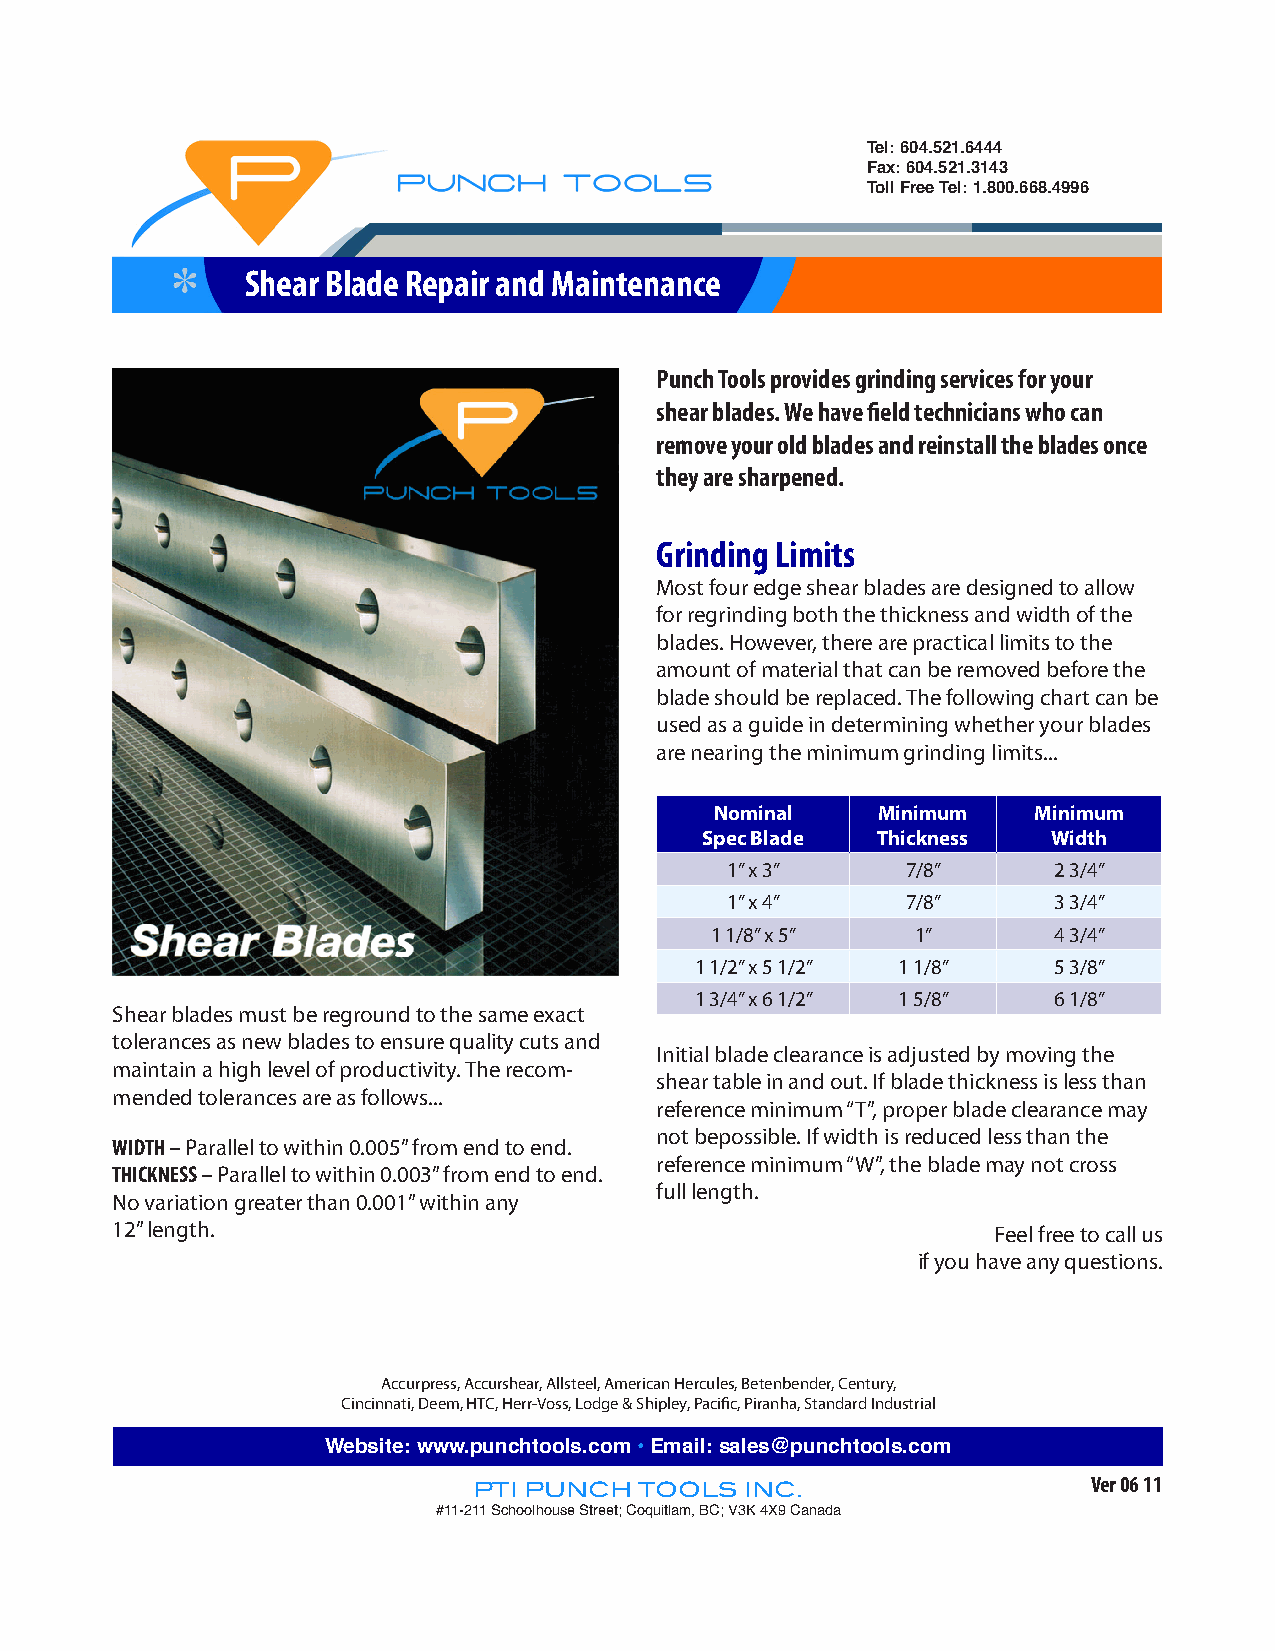
Tel: 604.521.6444
 Fax: 604.521.3143
 Toll Free Tel: 1.800.668.4996
 Shear Blade Repair and Maintenance
 Punch Tools provides grinding services for your
 shear blades. We have field technicians who can
 remove your old blades and reinstall the blades once
 they are sharpened.
 Grinding Limits
 Most four edge shear blades are designed to allow
 for regrinding both the thickness and width of the
 blades. However, there are practical limits to the
 amount of material that can be removed before the
 blade should be replaced. The following chart can be
 used as a guide in determining whether your blades
 are nearing the minimum grinding limits...
 Nominal    Minimum   Minimum
 Spec Blade Thickness   Width
 1” x 3”     7/8”      2 3/4”
 1” x 4”     7/8”      3 3/4”
 1 1/8” x 5”   1”       4 3/4”
 1 1/2” x 5 1/2” 1 1/8”  5 3/8”
 1 3/4” x 6 1/2” 1 5/8”  6 1/8”
 Shear blades must be reground to the same exact
 tolerances as new blades to ensure quality cuts and
 Initial blade clearance is adjusted by moving the
 maintain a high level of productivity. The recom-
 shear table in and out. If blade thickness is less than
 mended tolerances are as follows...
 reference minimum “T”, proper blade clearance may
 not bepossible. If width is reduced less than the
 WIDTH – Parallel to within 0.005” from end to end.
 reference minimum “W”, the blade may not cross
 THICKNESS – Parallel to within 0.003” from end to end.
 full length.
 No variation greater than 0.001” within any
 12” length.                                                Feel free to call us
 if you have any questions.
 Accurpress, Accurshear, Allsteel, American Hercules, Betenbender, Century,
 Cincinnati, Deem, HTC, Herr-Voss, Lodge & Shipley, Pacific, Piranha, Standard Industrial
 Website: www.punchtools.com • Email: sales@punchtools.com
 Ver 06 11
 PTI PUNCH  TOOLS  INC.
 #11-211 Schoolhouse Street; Coquitlam, BC; V3K 4X9 Canada